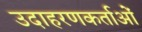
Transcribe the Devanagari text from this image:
उदाहरणकर्ताओं